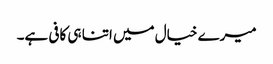
میرے خیال میں اتنا ہی کافی ہے۔